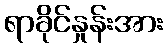
ရာခိုင်နှုန်းအား